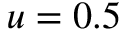
u = 0 . 5